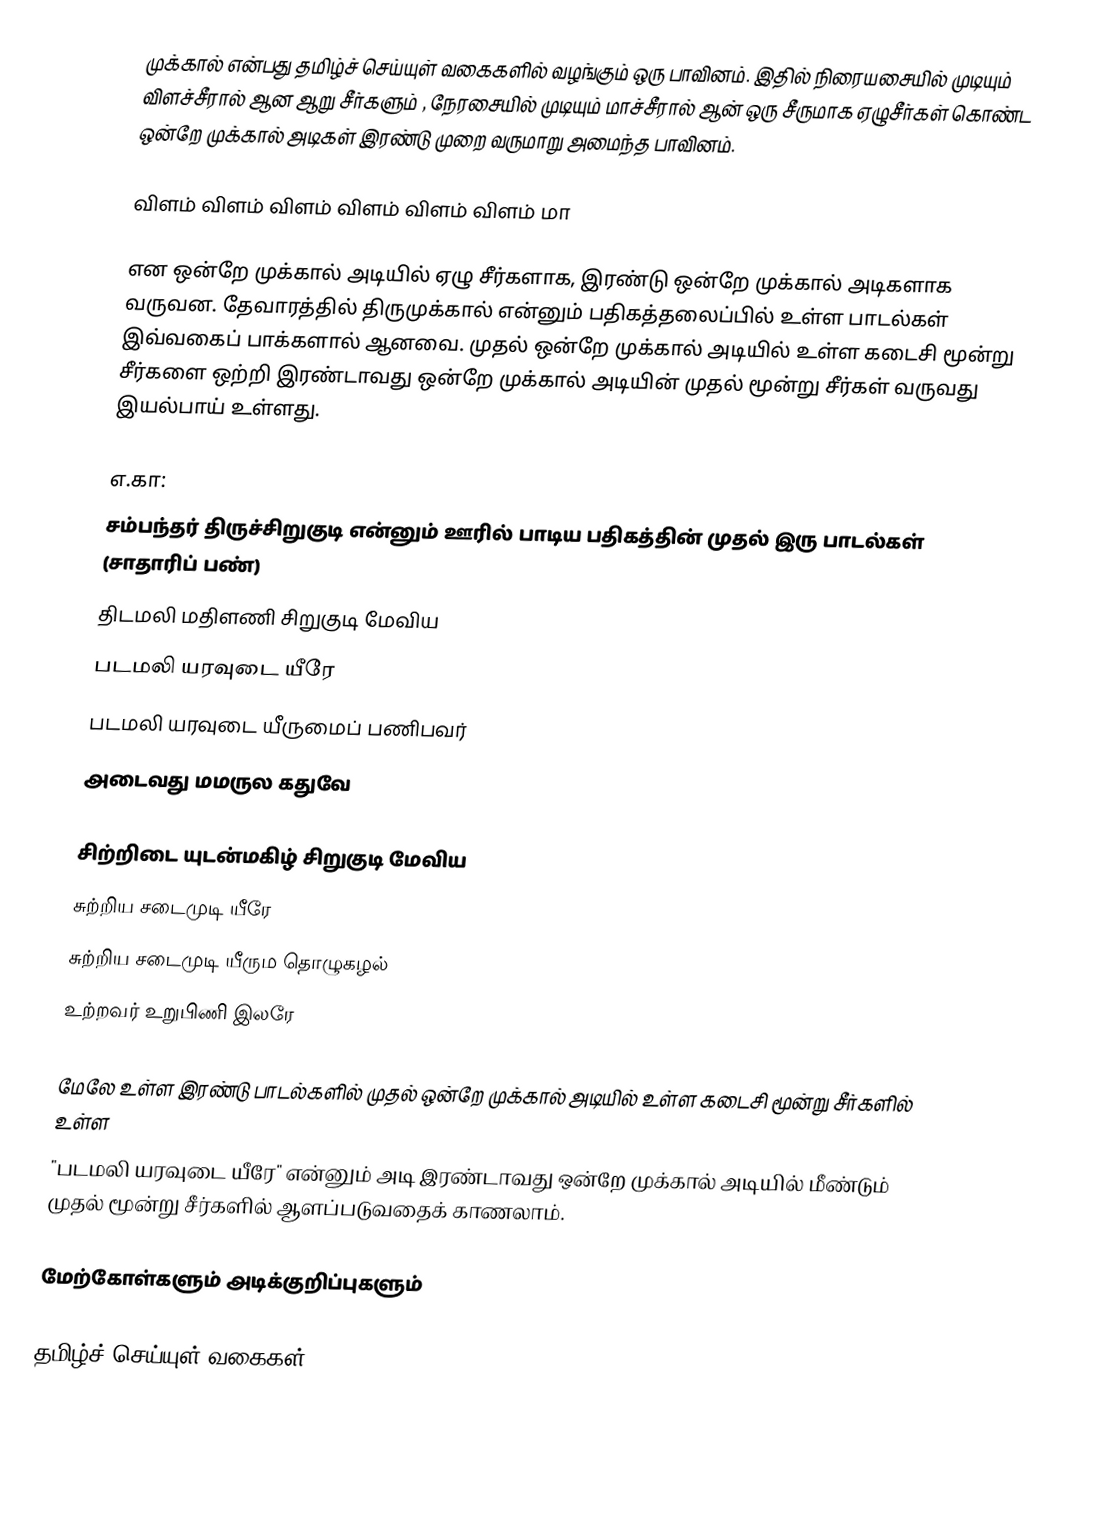
முக்கால் என்பது தமிழ்ச் செய்யுள் வகைகளில் வழங்கும் ஒரு பாவினம். இதில் நிரையசையில் முடியும் விளச்சீரால்  ஆன ஆறு சீர்களும் , நேரசையில் முடியும் மாச்சீரால் ஆன் ஒரு சீருமாக ஏழுசீர்கள் கொண்ட ஒன்றே முக்கால் அடிகள் இரண்டு முறை வருமாறு அமைந்த பாவினம்.

விளம் விளம் விளம் விளம் விளம் விளம் மா

என ஒன்றே முக்கால் அடியில் ஏழு சீர்களாக,  இரண்டு ஒன்றே முக்கால் அடிகளாக வருவன. தேவாரத்தில் திருமுக்கால் என்னும் பதிகத்தலைப்பில் உள்ள பாடல்கள் இவ்வகைப் பாக்களால் ஆனவை. முதல் ஒன்றே முக்கால் அடியில் உள்ள கடைசி மூன்று சீர்களை ஒற்றி இரண்டாவது ஒன்றே முக்கால் அடியின் முதல் மூன்று சீர்கள் வருவது இயல்பாய் உள்ளது.

எ.கா:
சம்பந்தர்  திருச்சிறுகுடி என்னும் ஊரில் பாடிய பதிகத்தின் முதல் இரு பாடல்கள் (சாதாரிப் பண்)
திடமலி மதிளணி சிறுகுடி மேவிய
படமலி யரவுடை யீரே
படமலி யரவுடை யீருமைப் பணிபவர்
அடைவது மமருல கதுவே

சிற்றிடை யுடன்மகிழ் சிறுகுடி மேவிய
சுற்றிய சடைமுடி யீரே
சுற்றிய சடைமுடி யீரும தொழுகழல்
உற்றவர் உறுபிணி இலரே

மேலே உள்ள இரண்டு பாடல்களில் முதல் ஒன்றே முக்கால் அடியில் உள்ள கடைசி மூன்று சீர்களில் உள்ள
"படமலி யரவுடை யீரே" என்னும் அடி இரண்டாவது ஒன்றே முக்கால் அடியில் மீண்டும் முதல் மூன்று சீர்களில் ஆளப்படுவதைக் காணலாம்.

மேற்கோள்களும் அடிக்குறிப்புகளும்

தமிழ்ச் செய்யுள் வகைகள்